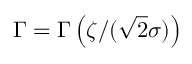
\Gamma = \Gamma \left( \zeta / ( \sqrt { 2 } \sigma ) \right)